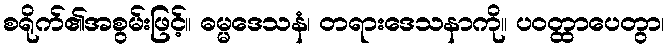
စရိုက်၏အစွမ်းဖြင့်။ ဓမ္မဒေသနံ၊ တရားဒေသနာကို။ ပဝတ္ထာပေတွာ၊